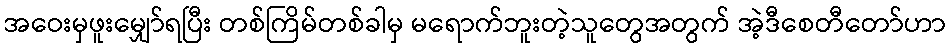
အဝေးမှဖူးမျှော်ရပြီး တစ်ကြိမ်တစ်ခါမှ မရောက်ဘူးတဲ့သူတွေအတွက် အဲ့ဒီစေတီတော်ဟာ